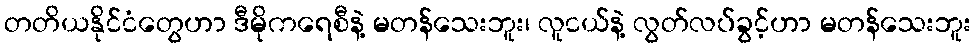
တတိယနိုင်ငံတွေဟာ ဒီမိုကရေစီနဲ့ မတန်သေးဘူး၊ လူငယ်နဲ့ လွတ်လပ်ခွင့်ဟာ မတန်သေးဘူး